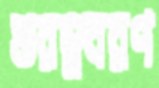
গুরম্নবরণ